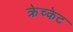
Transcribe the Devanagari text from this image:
क्रेच्केट